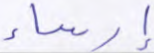
إرساء